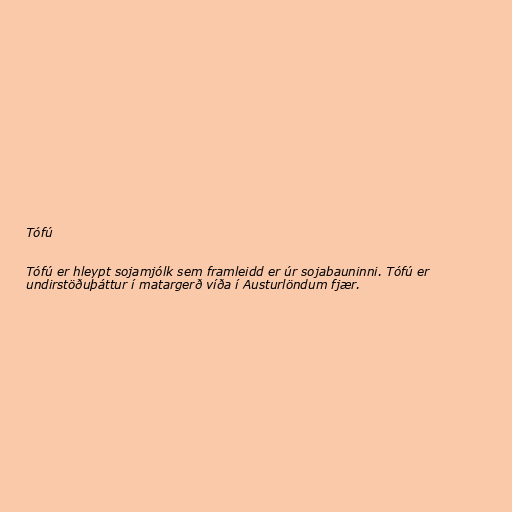
Tófú

Tófú er hleypt sojamjólk sem framleidd er úr sojabauninni. Tófú er
undirstöðuþáttur í matargerð víða í Austurlöndum fjær.